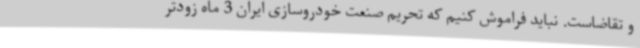
و تقاضاست. نباید فراموش کنیم که تحریم صنعت خودروسازی ایران 3 ماه زودتر